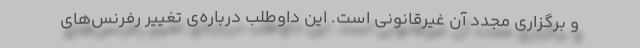
و برگزاری مجدد آن غیرقانونی است. این داوطلب درباره‌ی تغییر رفرنس‌‌های